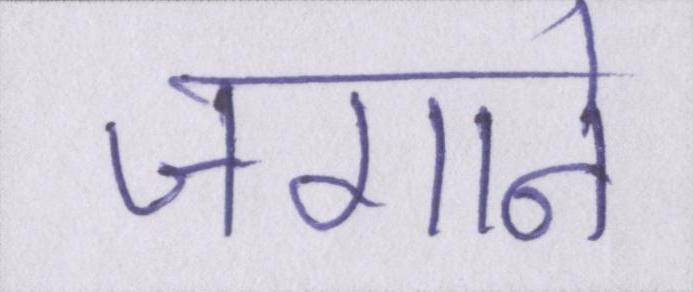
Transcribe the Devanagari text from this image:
जगाने